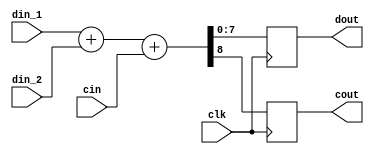
module adder_8bits(din_1, clk, cin, dout, din_2, cout);
    input [7:0] din_1;
    input clk;
    input cin;
    output [7:0] dout;
    input [7:0] din_2;
    output cout;
	 
	 reg [7:0] dout;
	 reg       cout;
	 
	 always @(posedge clk) begin
		{cout,dout} <= din_1 + din_2 + cin;
	 end

endmodule